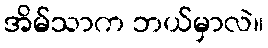
အိမ်သာက ဘယ်မှာလဲ။